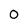
Character: 0